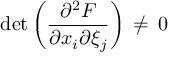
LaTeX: \operatorname * { d e t } \left( { \frac { \partial \sp 2 F } { \partial x _ { i } \partial \xi _ { j } } } \right) \, \ne \, 0